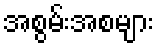
အစွမ်းအစများ